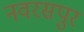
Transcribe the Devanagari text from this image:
नवरसपुर